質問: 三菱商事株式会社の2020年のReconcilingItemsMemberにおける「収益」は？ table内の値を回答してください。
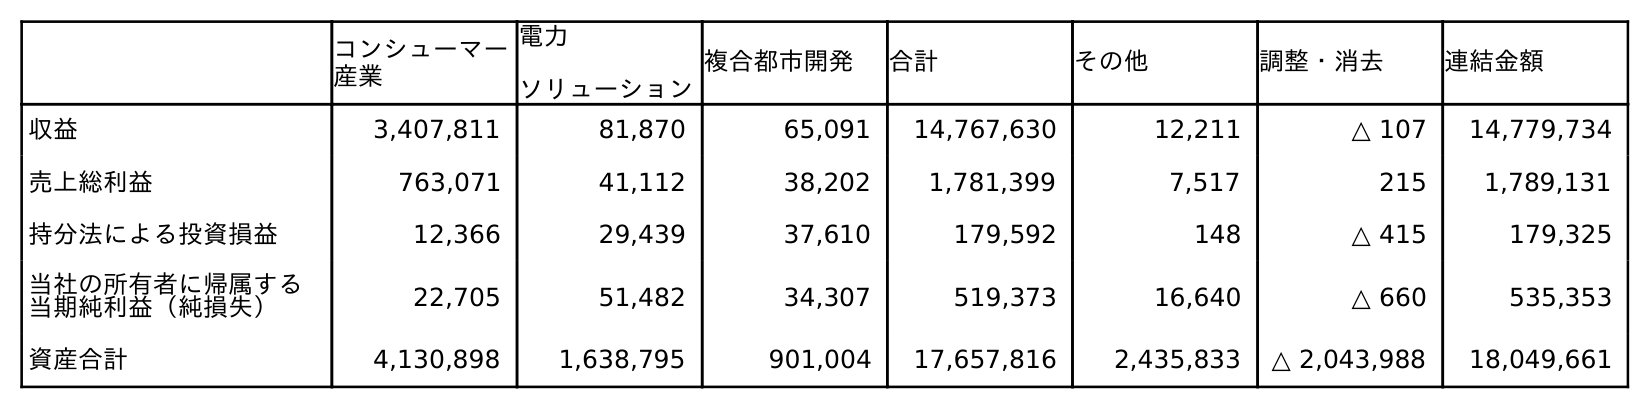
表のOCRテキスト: コンシューマー 産業 電力 ソリューション 複合都市開発 合計 その他 調整・消去 連結金額 収益 3,407,811 81,870 65,091 14,767,630 12,211 △ 107 14,779,734 売上総利益 763,071 41,112 38,202 1,781,399 7,517 215 1,789,131 持分法による投資損益 12,366 29,439 37,610 179,592 148 △ 415 179,325 当社の所有者に帰属する 当期純利益（純損失） 22,705 51,482 34,307 519,373 16,640 △ 660 535,353 資産合計 4,130,898 1,638,795 901,004 17,657,816 2,435,833 △ 2,043,988 18,049,661
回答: △107